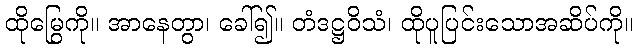
ထိုမြွေကို။ အာနေတွာ၊ ခေါ်၍။ တံဒဋ္ဌဝိသံ၊ ထိုပူပြင်းသောအဆိပ်ကို။